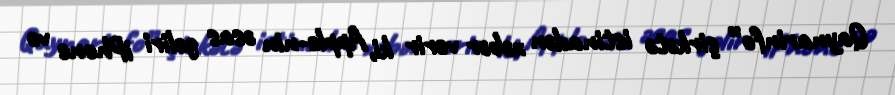
Qaynarinfo” şirkətə istinadən xəbər verir ki, Apple-nin əsas gəliri iPhone və